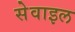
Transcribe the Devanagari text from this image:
सेवाइल